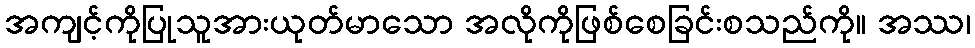
အကျင့်ကိုပြုသူအားယုတ်မာသော အလိုကိုဖြစ်စေခြင်းစသည်ကို။ အဿ၊